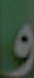
و